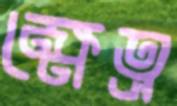
ক্ষেত্র